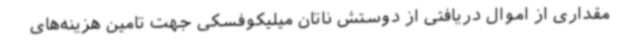
مقداری از اموال دریافتی از دوستش ناتان میلیکوفسکی جهت تامین هزینه‌های